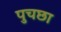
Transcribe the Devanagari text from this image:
पुचछा